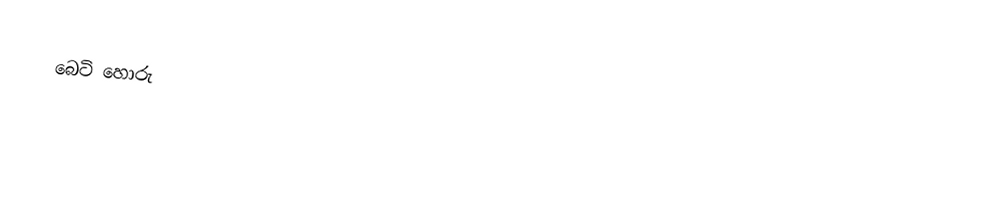
බෙටි හොරු